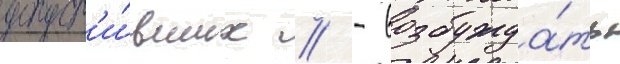
допуст'и́вших // - возбужда́ть